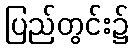
ပြည်တွင်း၌